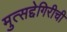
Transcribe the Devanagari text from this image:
मुत्सद्देगिरीची